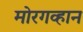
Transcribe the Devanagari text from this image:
मोरगव्हान